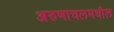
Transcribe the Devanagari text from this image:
अरुणाचलमधील